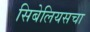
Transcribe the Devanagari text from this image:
सिबेलियसचा